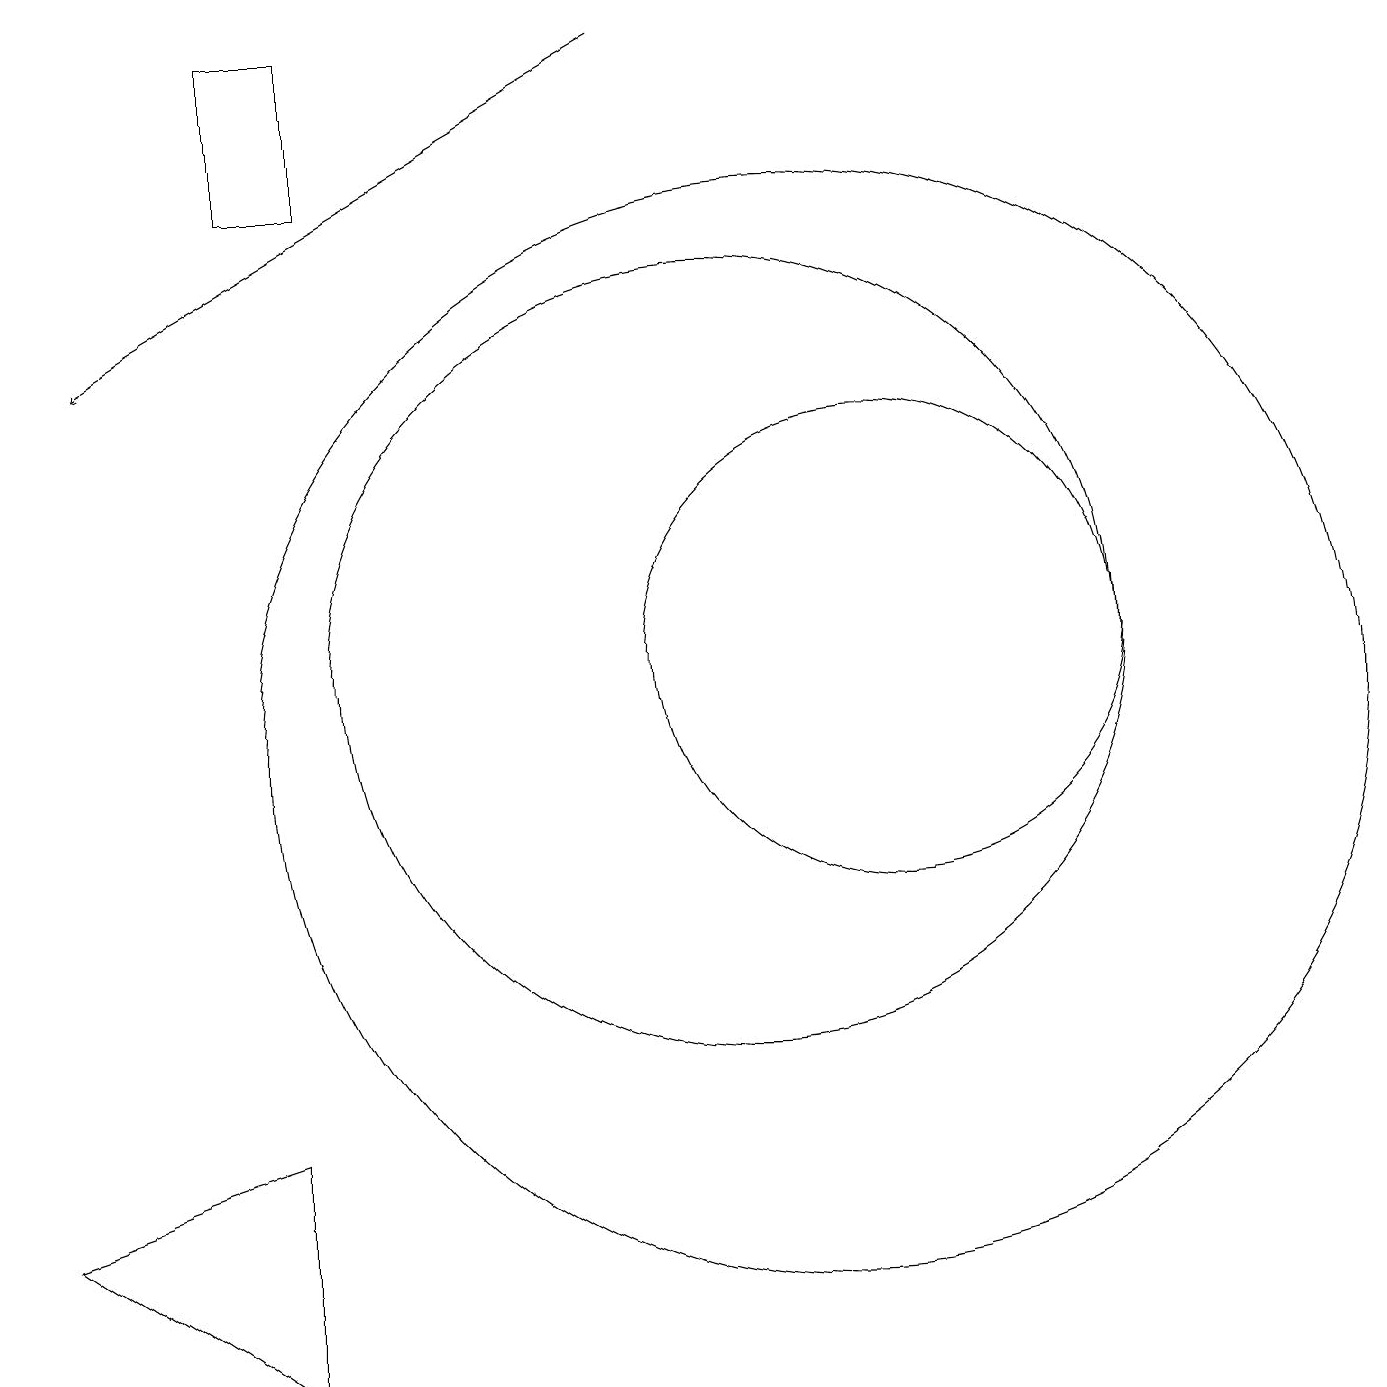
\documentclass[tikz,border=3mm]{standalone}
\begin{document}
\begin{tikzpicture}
\draw (10,11) circle (5);
\draw (12,11) circle (0);
\draw[->] (9,19) -- (2,15);
\draw (11,10) circle (7);
\draw (4,2) -- (4,5) -- (1,4) -- cycle;
\draw (12,11) circle (3);
\draw (5,19) rectangle (4,17);
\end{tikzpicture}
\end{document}